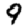
Digit: 9